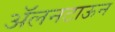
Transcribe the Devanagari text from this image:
ॲलनटाऊन